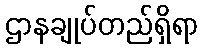
ဌာနချုပ်တည်ရှိရာ